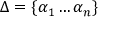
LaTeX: \Delta = \{ \alpha _ { 1 } \ldots \alpha _ { n } \}